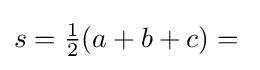
s={\tfrac {1}{2}}(a+b+c)={}